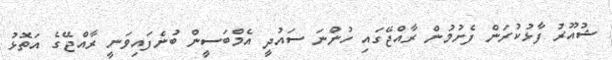
ޝުއޫރު ފާޅުކުރަން ފެށުމުން ރާއްޖޭގައި ހުންނަ ސައުދީ އެމްބަސީން ބުނެފައިވަނީ ރާއްޖޭގެ އަތޮޅު